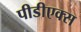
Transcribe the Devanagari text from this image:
पीडीएक्स